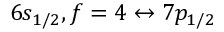
6 s _ { 1 / 2 } , f = 4 \leftrightarrow 7 p _ { 1 / 2 }